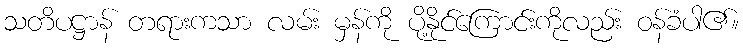
သတိပဋ္ဌာန် တရားကသာ လမ်း မှန်ကို ပို့နိုင်ကြောင်းကိုလည်း ဝန်ခံပါ၏။